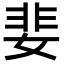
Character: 婓